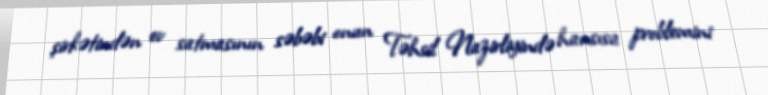
şirkətindən ev satmasının səbəbi onun Təhsil Nazirliyində hansısa problemini